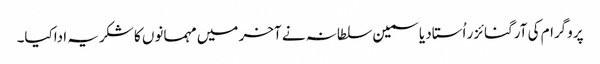
پروگرام کی آرگنائزر اُستاد یاسمین سلطانہ نے آخر میں مہمانوں کا شکریہ اداکیا۔